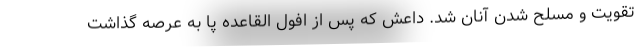
تقویت و مسلح شدن آنان شد. داعش که پس از افول القاعده پا به عرصه گذاشت